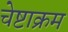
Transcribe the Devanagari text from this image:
चेष्टाक्रम